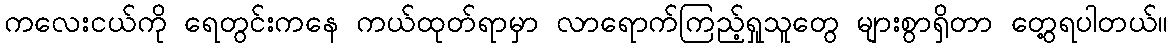
ကလေးငယ်ကို ရေတွင်းကနေ ကယ်ထုတ်ရာမှာ လာရောက်ကြည့်ရှုသူတွေ များစွာရှိတာ တွေ့ရပါတယ်။